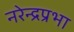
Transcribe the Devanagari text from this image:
नरेन्द्रप्रभा